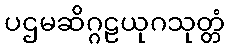
ပဌမဆိဂ္ဂဠယုဂသုတ္တံ